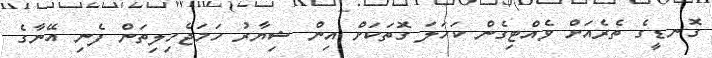
ގޮނޑީގެ ތެރެއަށް ވެއްޓިގެން ކަހަލަ ގޮތަކަށް އިން ޝިޔާރު ހަމަޖެހިލިތަން ފެނި އޭނާގެ